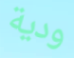
ودية